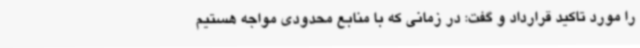
را مورد تاکید قرارداد و گفت: در زمانی که با منابع محدودی مواجه هستیم